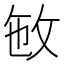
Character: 𢼏